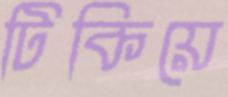
টিকিয়ে